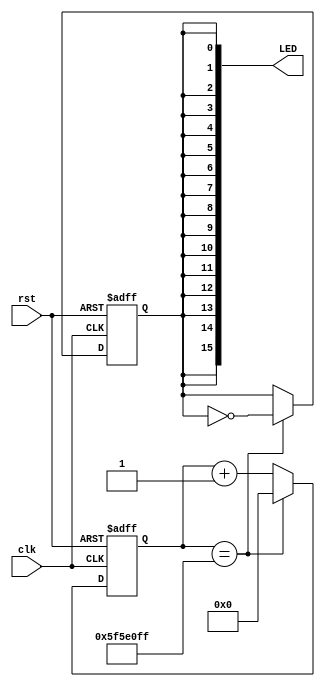
module example(
  input clk,
  input rst,
  output [15:0] LED
);
  parameter sec = 100000000 - 1;

  reg [31:0] counter;
  reg [31:0] counter_next;
  
  reg led_state;
  reg led_state_next;

  assign LED = {16{led_state}};

  always @(posedge clk, posedge rst) begin
    if (rst == 1) begin
      counter <= 0;
      led_state <= 0;
    end else begin
      counter <= counter_next;
      led_state <= led_state_next;
    end
  end

  always @(*) begin
    if (counter == sec) begin
      led_state_next = ~led_state;
      counter_next = 0;
    end else begin
      led_state_next = led_state;
      counter_next = counter + 1;
    end
  end
endmodule